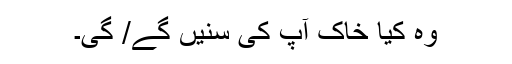
وہ کیا خاک آپ کی سنیں گے/ گی۔